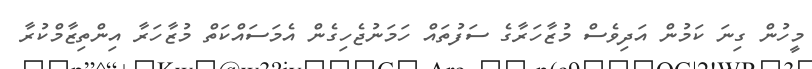
މީހުން ގިނަ ކަމުން އަދިވެސް މުޒާހަރާގެ ސަފުތައް ހަމަނުޖެހިގެން އެމަސައްކަތް މުޒާހަރާ އިންތިޒާމްކުރާ